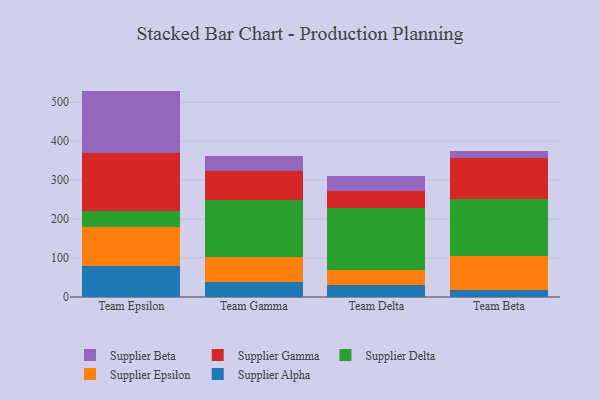
{"axis": {"x": "Team", "y": "Demand Index"}, "legend": ["Supplier Alpha", "Supplier Beta", "Supplier Delta", "Supplier Epsilon", "Supplier Gamma"], "data": [{"x": "Team Epsilon", "y": 80.6, "type": "Supplier Alpha"}, {"x": "Team Epsilon", "y": 99.9, "type": "Supplier Epsilon"}, {"x": "Team Epsilon", "y": 41.5, "type": "Supplier Delta"}, {"x": "Team Epsilon", "y": 147.8, "type": "Supplier Gamma"}, {"x": "Team Epsilon", "y": 159.3, "type": "Supplier Beta"}, {"x": "Team Gamma", "y": 39.5, "type": "Supplier Alpha"}, {"x": "Team Gamma", "y": 62.2, "type": "Supplier Epsilon"}, {"x": "Team Gamma", "y": 147.6, "type": "Supplier Delta"}, {"x": "Team Gamma", "y": 74.1, "type": "Supplier Gamma"}, {"x": "Team Gamma", "y": 38.6, "type": "Supplier Beta"}, {"x": "Team Delta", "y": 30.7, "type": "Supplier Alpha"}, {"x": "Team Delta", "y": 39.0, "type": "Supplier Epsilon"}, {"x": "Team Delta", "y": 158.1, "type": "Supplier Delta"}, {"x": "Team Delta", "y": 43.5, "type": "Supplier Gamma"}, {"x": "Team Delta", "y": 38.8, "type": "Supplier Beta"}, {"x": "Team Beta", "y": 17.6, "type": "Supplier Alpha"}, {"x": "Team Beta", "y": 86.9, "type": "Supplier Epsilon"}, {"x": "Team Beta", "y": 147.4, "type": "Supplier Delta"}, {"x": "Team Beta", "y": 105.1, "type": "Supplier Gamma"}, {"x": "Team Beta", "y": 18.0, "type": "Supplier Beta"}]}